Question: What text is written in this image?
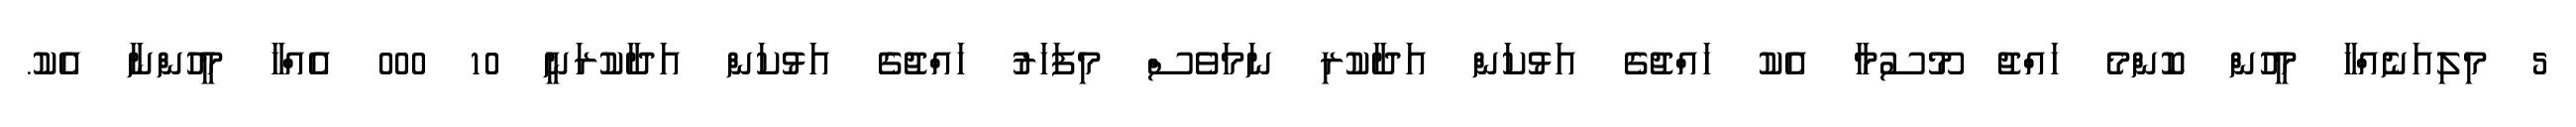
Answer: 5 މިލިއަނެއްހާ މީހުން ކޮންމެ ހައްޖު މޫސުމާ އެކު ހައްޖުގެ އަޅުކަން އަދާކުރި ނަމަވެސް މިފަހަރު ހައްޖުގެ އަޅުކަން އަދާކުރަނީ 10 000 އެއްހާ މީހުންނާ އެކު.